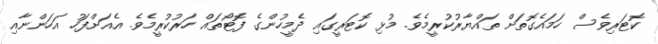
ކޮޓަރިވެސް ހަމައެގޮތަށް ތައްޔާރުކުރީމެވެ. މުޅި ކޮޓަރީގައި ދެމީހުންގެ ފޮޓޯތައް ހަރުކުރީމެވެ. އެއަށްފަހު އަހަންނާއި